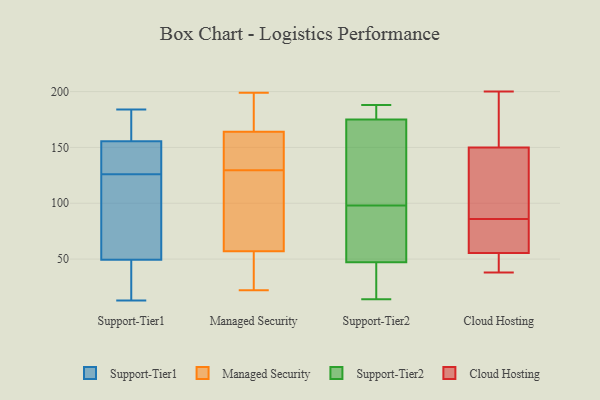
{"axis": {"x": "Gross Profit (USD K)", "y": "Value"}, "legend": ["Cloud Hosting", "Managed Security", "Support-Tier1", "Support-Tier2"], "data": [{"x": "", "y": 98, "type": "Support-Tier1"}, {"x": "", "y": 36, "type": "Support-Tier1"}, {"x": "", "y": 147, "type": "Support-Tier1"}, {"x": "", "y": 115, "type": "Support-Tier1"}, {"x": "", "y": 137, "type": "Support-Tier1"}, {"x": "", "y": 160, "type": "Support-Tier1"}, {"x": "", "y": 184, "type": "Support-Tier1"}, {"x": "", "y": 138, "type": "Support-Tier1"}, {"x": "", "y": 49, "type": "Support-Tier1"}, {"x": "", "y": 152, "type": "Support-Tier1"}, {"x": "", "y": 28, "type": "Support-Tier1"}, {"x": "", "y": 50, "type": "Support-Tier1"}, {"x": "", "y": 115, "type": "Support-Tier1"}, {"x": "", "y": 159, "type": "Support-Tier1"}, {"x": "", "y": 159, "type": "Support-Tier1"}, {"x": "", "y": 13, "type": "Support-Tier1"}, {"x": "", "y": 63, "type": "Managed Security"}, {"x": "", "y": 57, "type": "Managed Security"}, {"x": "", "y": 73, "type": "Managed Security"}, {"x": "", "y": 143, "type": "Managed Security"}, {"x": "", "y": 37, "type": "Managed Security"}, {"x": "", "y": 164, "type": "Managed Security"}, {"x": "", "y": 162, "type": "Managed Security"}, {"x": "", "y": 76, "type": "Managed Security"}, {"x": "", "y": 22, "type": "Managed Security"}, {"x": "", "y": 116, "type": "Managed Security"}, {"x": "", "y": 158, "type": "Managed Security"}, {"x": "", "y": 44, "type": "Managed Security"}, {"x": "", "y": 146, "type": "Managed Security"}, {"x": "", "y": 182, "type": "Managed Security"}, {"x": "", "y": 185, "type": "Managed Security"}, {"x": "", "y": 49, "type": "Managed Security"}, {"x": "", "y": 199, "type": "Managed Security"}, {"x": "", "y": 195, "type": "Managed Security"}, {"x": "", "y": 20, "type": "Support-Tier2"}, {"x": "", "y": 47, "type": "Support-Tier2"}, {"x": "", "y": 188, "type": "Support-Tier2"}, {"x": "", "y": 50, "type": "Support-Tier2"}, {"x": "", "y": 14, "type": "Support-Tier2"}, {"x": "", "y": 48, "type": "Support-Tier2"}, {"x": "", "y": 98, "type": "Support-Tier2"}, {"x": "", "y": 163, "type": "Support-Tier2"}, {"x": "", "y": 179, "type": "Support-Tier2"}, {"x": "", "y": 183, "type": "Support-Tier2"}, {"x": "", "y": 142, "type": "Support-Tier2"}, {"x": "", "y": 40, "type": "Cloud Hosting"}, {"x": "", "y": 86, "type": "Cloud Hosting"}, {"x": "", "y": 185, "type": "Cloud Hosting"}, {"x": "", "y": 200, "type": "Cloud Hosting"}, {"x": "", "y": 149, "type": "Cloud Hosting"}, {"x": "", "y": 42, "type": "Cloud Hosting"}, {"x": "", "y": 38, "type": "Cloud Hosting"}, {"x": "", "y": 75, "type": "Cloud Hosting"}, {"x": "", "y": 106, "type": "Cloud Hosting"}, {"x": "", "y": 153, "type": "Cloud Hosting"}, {"x": "", "y": 81, "type": "Cloud Hosting"}, {"x": "", "y": 60, "type": "Cloud Hosting"}, {"x": "", "y": 117, "type": "Cloud Hosting"}]}